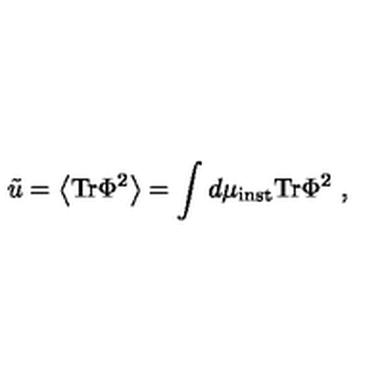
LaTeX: \tilde { u } = \left< \mathrm { T r } \Phi ^ { 2 } \right> = \int d \mu _ { \mathrm { i n s t } } \mathrm { T r } \Phi ^ { 2 } \ ,